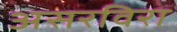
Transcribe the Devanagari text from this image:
असरविरा